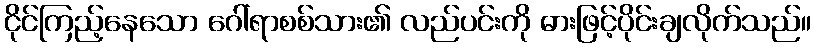
ငိုင်ကြည့်နေသော ဂေါ်ရာစစ်သား၏ လည်ပင်းကို ဓားဖြင့်ပိုင်းချလိုက်သည်။